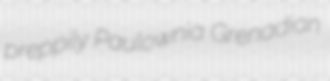
preppily Paulownia Grenadian